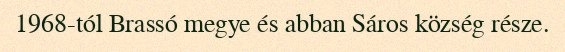
1968-tól Brassó megye és abban Sáros község része.